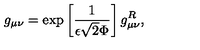
g _ { \mu \nu } = \exp \left[ \frac { 1 } { \epsilon \sqrt { 2 } \Phi } \right] g _ { \mu \nu } ^ { R } ,